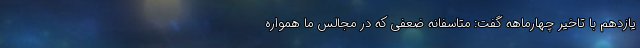
یازدهم با تاخیر چهارماهه گفت: متاسفانه ضعفی که در مجالس ما همواره